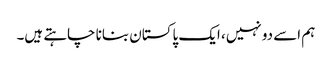
ہم اسے دو نہیں، ایک پاکستان بنانا چاہتے ہیں۔